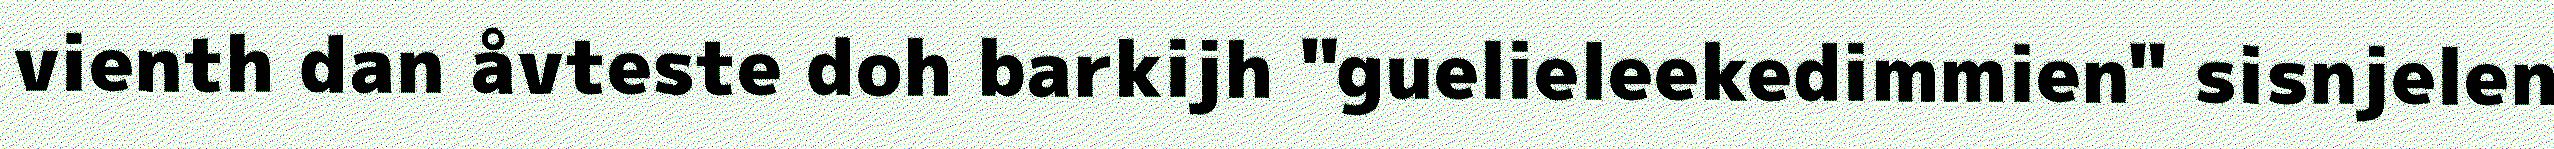
vienth dan åvteste doh barkijh "guelieleekedimmien" sisnjelen